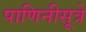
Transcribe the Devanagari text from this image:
पाणिनीसूत्रे